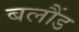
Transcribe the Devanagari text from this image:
बलौंड